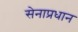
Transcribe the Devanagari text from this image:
सेनाप्रधान